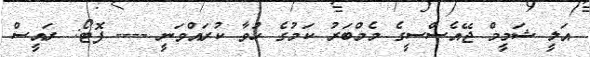
އަލީ ޝަމީމް ޖޭއެސްސީގެ މެމްބަރު ކަމުގެ ހުވާ ކުރައްވަނީ ---- ފޮޓޯ: ރައީސް